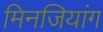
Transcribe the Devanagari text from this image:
मिनजियांग